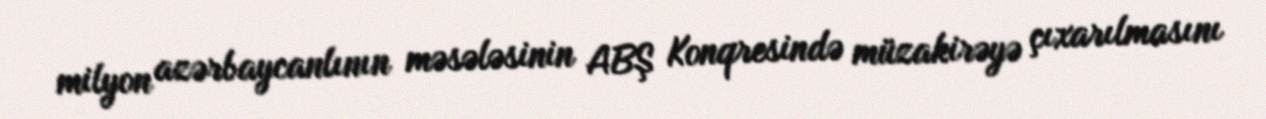
milyon azərbaycanlının məsələsinin ABŞ Konqresində müzakirəyə çıxarılmasını